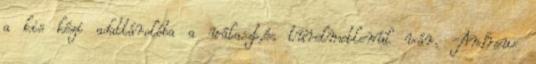
a kis kézi adattárolóba a választ,és türelmetlenül vár. -Andrew